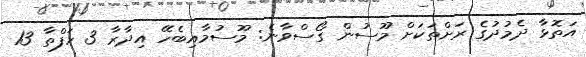
އަތޮޅާ ދެމުދުގެ ރަށްތަކަށް މޫސުން ގޯސްވާނެ: މޫސުމާއިބެހޭ އިދާރާ 3 ހަފްތާ 13